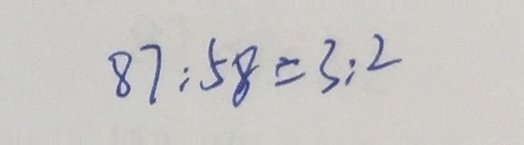
8 7 : 5 8 = 3 : 2